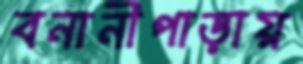
বনানীপাড়ায়